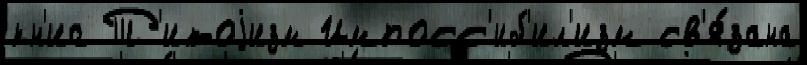
кн'иг Т'итоjизм Импосс'иб'ил'изм св'я́зана